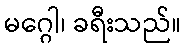
မဂ္ဂေါ၊ ခရီးသည်။